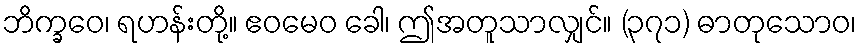
ဘိက္ခဝေ၊ ရဟန်းတို့။ ဧဝမေဝ ခေါ၊ ဤအတူသာလျှင်။ (၃၇၁) ဓာတုသောဝ၊